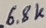
Text: 6.8K